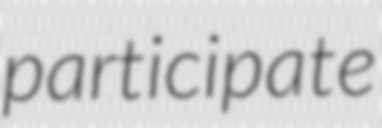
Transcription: participate